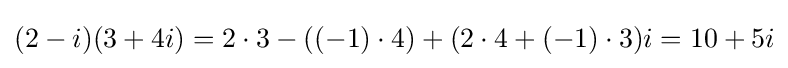
(2-i)(3+4i)=2\cdot 3-((-1)\cdot 4)+(2\cdot 4+(-1)\cdot 3)i=10+5i